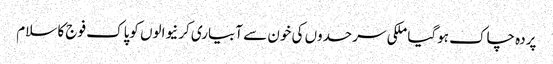
پردہ چاک ہوگیا ملکی سرحدوں کی خون سے آبیاری کرنیوالوں کوپاک فوج کا سلام